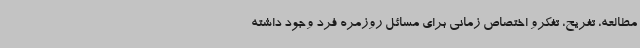
مطالعه، تفریح، تفکرو اختصاص زمانی برای مسائل روزمره فرد وجود داشته